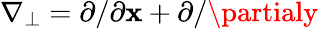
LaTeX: \nabla_{\perp}={\partial}/{\partial\mathbf{x}}+{\partial}/{\partialy}